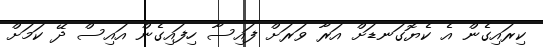
ކިރައިގެން އެ ކެޔޮގަނޑަށް އަރާ ވަރަށް ފައިސާ ހިފައިގެން އައިސް ދޭ ކަމަށް